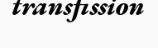
transfission